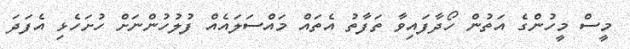
މީސް މީހުންގެ އަތުން ހޯދާފައިވާ ތަފާތު އެތައް މައްސަލައެއް ފުލުހުންނަށް ހުށަހެޅި އެފަދަ